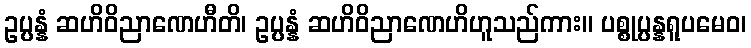
ဥပ္ပန္နံ ဆဟိဝိညာဏေဟီတိ၊ ဥပ္ပန္နံ ဆဟိဝိညာဏေဟိဟူသည်ကား။ ပစ္စုပ္ပန္နရူပမေဝ၊